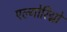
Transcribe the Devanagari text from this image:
एल्गोरिद्मों